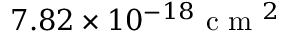
7 . 8 2 \times 1 0 ^ { - 1 8 } \mathrm { ~ c ~ m ~ } ^ { 2 }